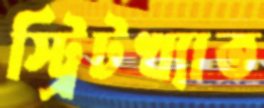
স্ট্রিটখ্যাত